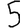
Digit: 5